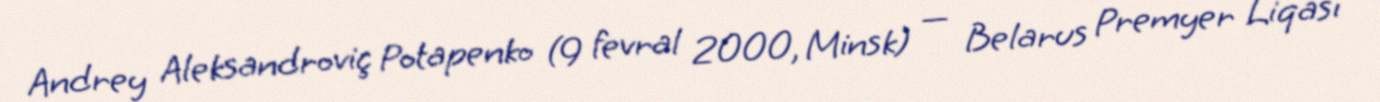
Andrey Aleksandroviç Potapenko (9 fevral 2000, Minsk) — Belarus Premyer Liqası